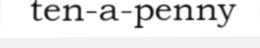
ten-a-penny